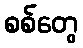
စစ်တွေ